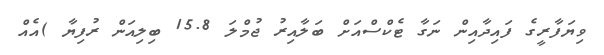
ވިޔަފާރީގެ ފައިދާއިން ނަގާ ޓެކްސްއަށް ބަލާއިރު ޖުމްލަ 15.8 ބިލިއަން ރުފިޔާ )އެއް